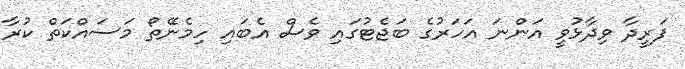
ފަރީދާ ވިދާޅުވީ އަންނަ އަހަރުގެ ބަޖެޓުގައި ވެސް އެބައި ހިމެނޭތޯ މަސައްކަތް ކުރާ